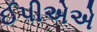
ઈપીએએ